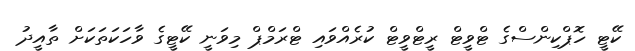
ކޭޓީ ހޮޕްކިންސްގެ ޓްވީޓް ރީޓްވީޓް ކުރެއްވައި ޓްރަމްޕް މިވަނީ ކޭޓީގެ ވާހަކަތަކަށް ތާއީދު